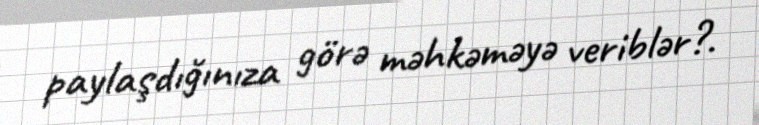
paylaşdığınıza görə məhkəməyə veriblər?.